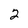
Character: 2